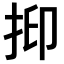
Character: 𢬃